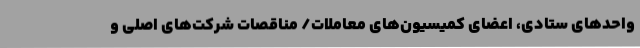
واحدهای ستادی، اعضای کمیسیون‌های معاملات/ مناقصات شرکت‌های اصلی و